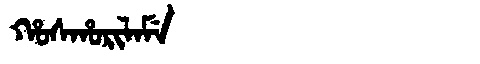
Manchu: ᡥᠣᠰᡥᠣᡵᡳᠯᠠᠮᡝ
Romanization: HOSHORILAME